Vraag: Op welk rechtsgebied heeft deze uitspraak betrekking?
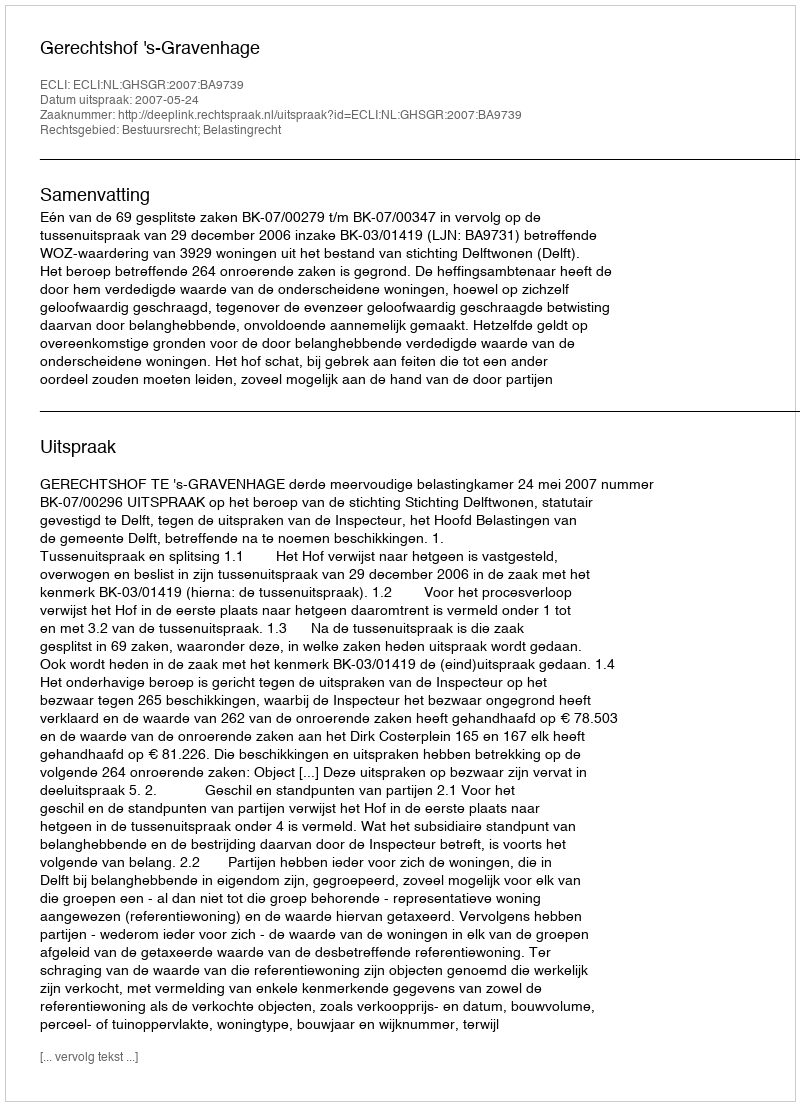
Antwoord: Bestuursrecht; Belastingrecht